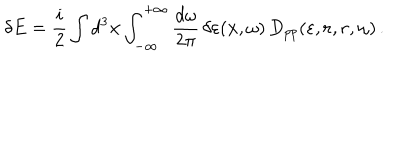
\delta E = \frac { i } { 2 } \int d ^ { 3 } { \bf x } \int _ { - \infty } ^ { + \infty } \frac { d \omega } { 2 \pi } \, \delta \varepsilon ( { \bf x } , \omega ) \, D _ { p p } ( \varepsilon , { \bf r } , { \bf r } , \omega ) \, .